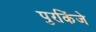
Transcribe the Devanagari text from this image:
पुरकिंजे